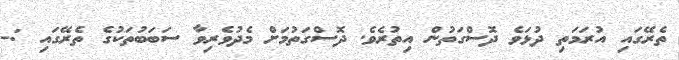
ތެރޭގައި އުރަމަތި ދުޅަވެ ދޮސްގަތުން އިތުރެވެ. ދޮސްގަތުމަށް މެދުވެރިވާ ސަބަބުތަކުގެ ތެރޭގައި :-